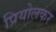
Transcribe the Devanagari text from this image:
प्रियोलकर